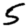
Digit: 5